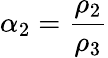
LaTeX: \alpha_{2}=\frac{\rho_{2}}{\rho_{3}}